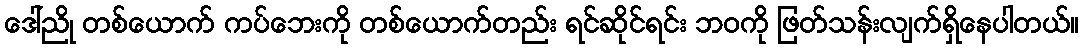
ဒေါ်ညို တစ်ယောက် ကပ်ဘေးကို တစ်ယောက်တည်း ရင်ဆိုင်ရင်း ဘဝကို ဖြတ်သန်းလျက်ရှိနေပါတယ်။